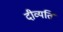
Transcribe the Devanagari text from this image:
दीव्यति